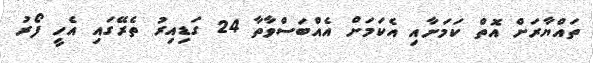
ތައްޔާރަށް އޮތް ކަމަށާއި އެކަމަށް އެއްބަސްވާތާ 24 ގަޑިއިރު ތެރޭގައި އެހީ ފޯރު